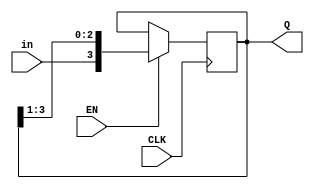
module shiftreg(EN, in, CLK, Q);
	parameter n = 4;
	input EN;
	input in;
	input CLK;
	output [n-1:0] Q;
	reg [n-1:0] Q;
	initial
	Q=4'd10;
	always @(negedge CLK)
	begin
	if (EN)
	Q={in,Q[n-1:1]};
	end
endmodule


// Test Bench of 4 bit shift register
module shiftregtest;
	parameter n= 4;
	reg EN,in , CLK;
	wire [n-1:0] Q;
	//reg [n-1:0] Q;
	shiftreg shreg(EN,in,CLK,Q);
	initial
	begin
	CLK=0;
	end
	always
	#2 CLK=~CLK;
	initial
	$monitor($time," EN=%b in= %b Q=%b\n",EN,in,Q);
	initial
	begin
	#0 in=0;EN=0;
	#4 in=1;EN=1;
	#4 in=1;EN=0;
	#4 in=0;EN=1;
	#5 $finish;
	end
	initial
begin
$dumpfile("filename.vcd");
$dumpvars;
end
endmodule